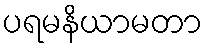
ပရမနိယာမတာ